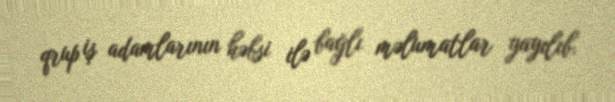
qrup iş adamlarının həbsi ilə bağlı məlumatlar yayılıb.